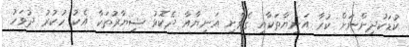
ކުޑަކުދިންނަށް ކުރާ އަނިޔާތަކާއި ގެވެށި އަނިޔާއާ ދެކޮޅު ޝިޔާރުތަކާ އެކު ހުކުރު ދުވަހު